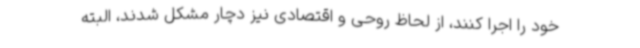
خود را اجرا کنند، از لحاظ روحی و اقتصادی نیز دچار مشکل شدند، البته